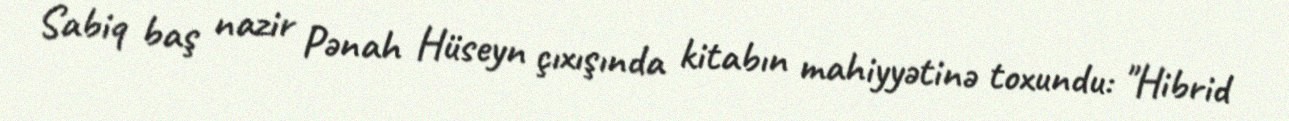
Sabiq baş nazir Pənah Hüseyn çıxışında kitabın mahiyyətinə toxundu: "Hibrid